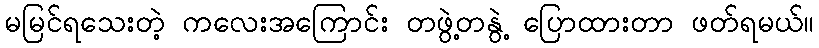
မမြင်ရသေးတဲ့ ကလေးအကြောင်း တဖွဲ့တနွဲ့ ပြောထားတာ ဖတ်ရမယ်။